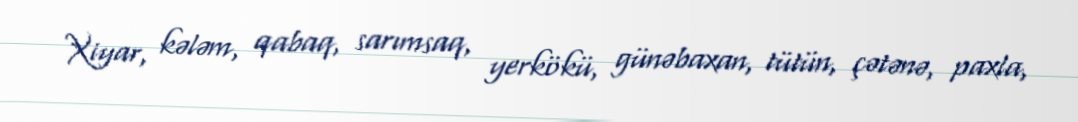
Xiyar, kələm, qabaq, sarımsaq, yerkökü, günəbaxan, tütün, çətənə, paxla,